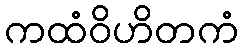
ကထံဝိဟိတကံ